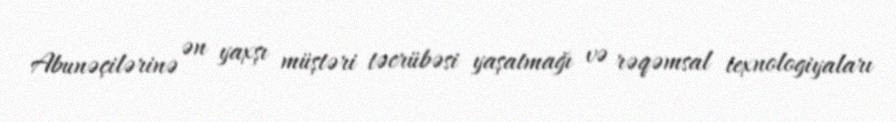
Abunəçilərinə ən yaxşı müştəri təcrübəsi yaşatmağı və rəqəmsal texnologiyaları